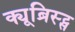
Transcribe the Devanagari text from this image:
क्यूब्रिस्ट्स